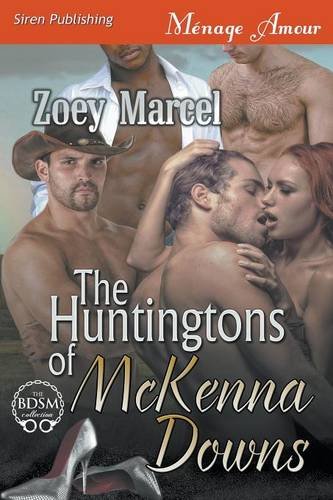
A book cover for The Huntingtons of McKenna Downs (Siren Publishing Menage Amour); Zoey Marcel; Romance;